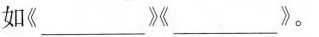
如《___》《___》。